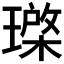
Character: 𱯦